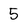
Character: 5